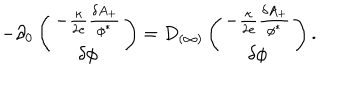
LaTeX: - \partial _ { 0 } \left( \begin{array} { c } { { - { \frac { \kappa } { 2 e } } { \frac { \delta A _ { + } } { \phi ^ { * } } } } } \\ { { \delta \phi } } \\ \end{array} \right) = D _ { ( \infty ) } \left( \begin{array} { c } { { - { \frac { \kappa } { 2 e } } { \frac { \delta A _ { + } } { \phi ^ { * } } } } } \\ { { \delta \phi } } \\ \end{array} \right) .